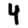
Digit: 4